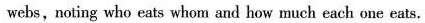
webs,noting who eats whom and how much each one eats.